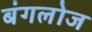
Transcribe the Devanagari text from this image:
बंगलोज